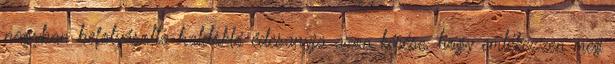
nagyban befolyásolta haldokló édesanyja azon kérése, hogy emlékezzen meg